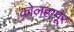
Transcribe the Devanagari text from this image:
कोलहापूर